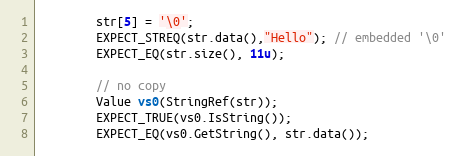
Language: C++
        str[5] = '\0';
        EXPECT_STREQ(str.data(),"Hello"); // embedded '\0'
        EXPECT_EQ(str.size(), 11u);

        // no copy
        Value vs0(StringRef(str));
        EXPECT_TRUE(vs0.IsString());
        EXPECT_EQ(vs0.GetString(), str.data());